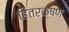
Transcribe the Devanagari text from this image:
हितरक्षण